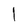
Character: l